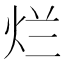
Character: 烂